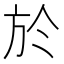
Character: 於